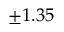
\pm 1 . 3 5